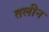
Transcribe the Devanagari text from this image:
तलीन